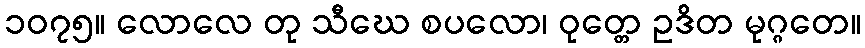
၁၀၇၅။ လောလေ တု သီဃေ စပလော၊ ဝုတ္တေ ဥဒိတ မုဂ္ဂတေ။